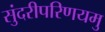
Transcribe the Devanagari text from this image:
सुंदरीपरिणयमु